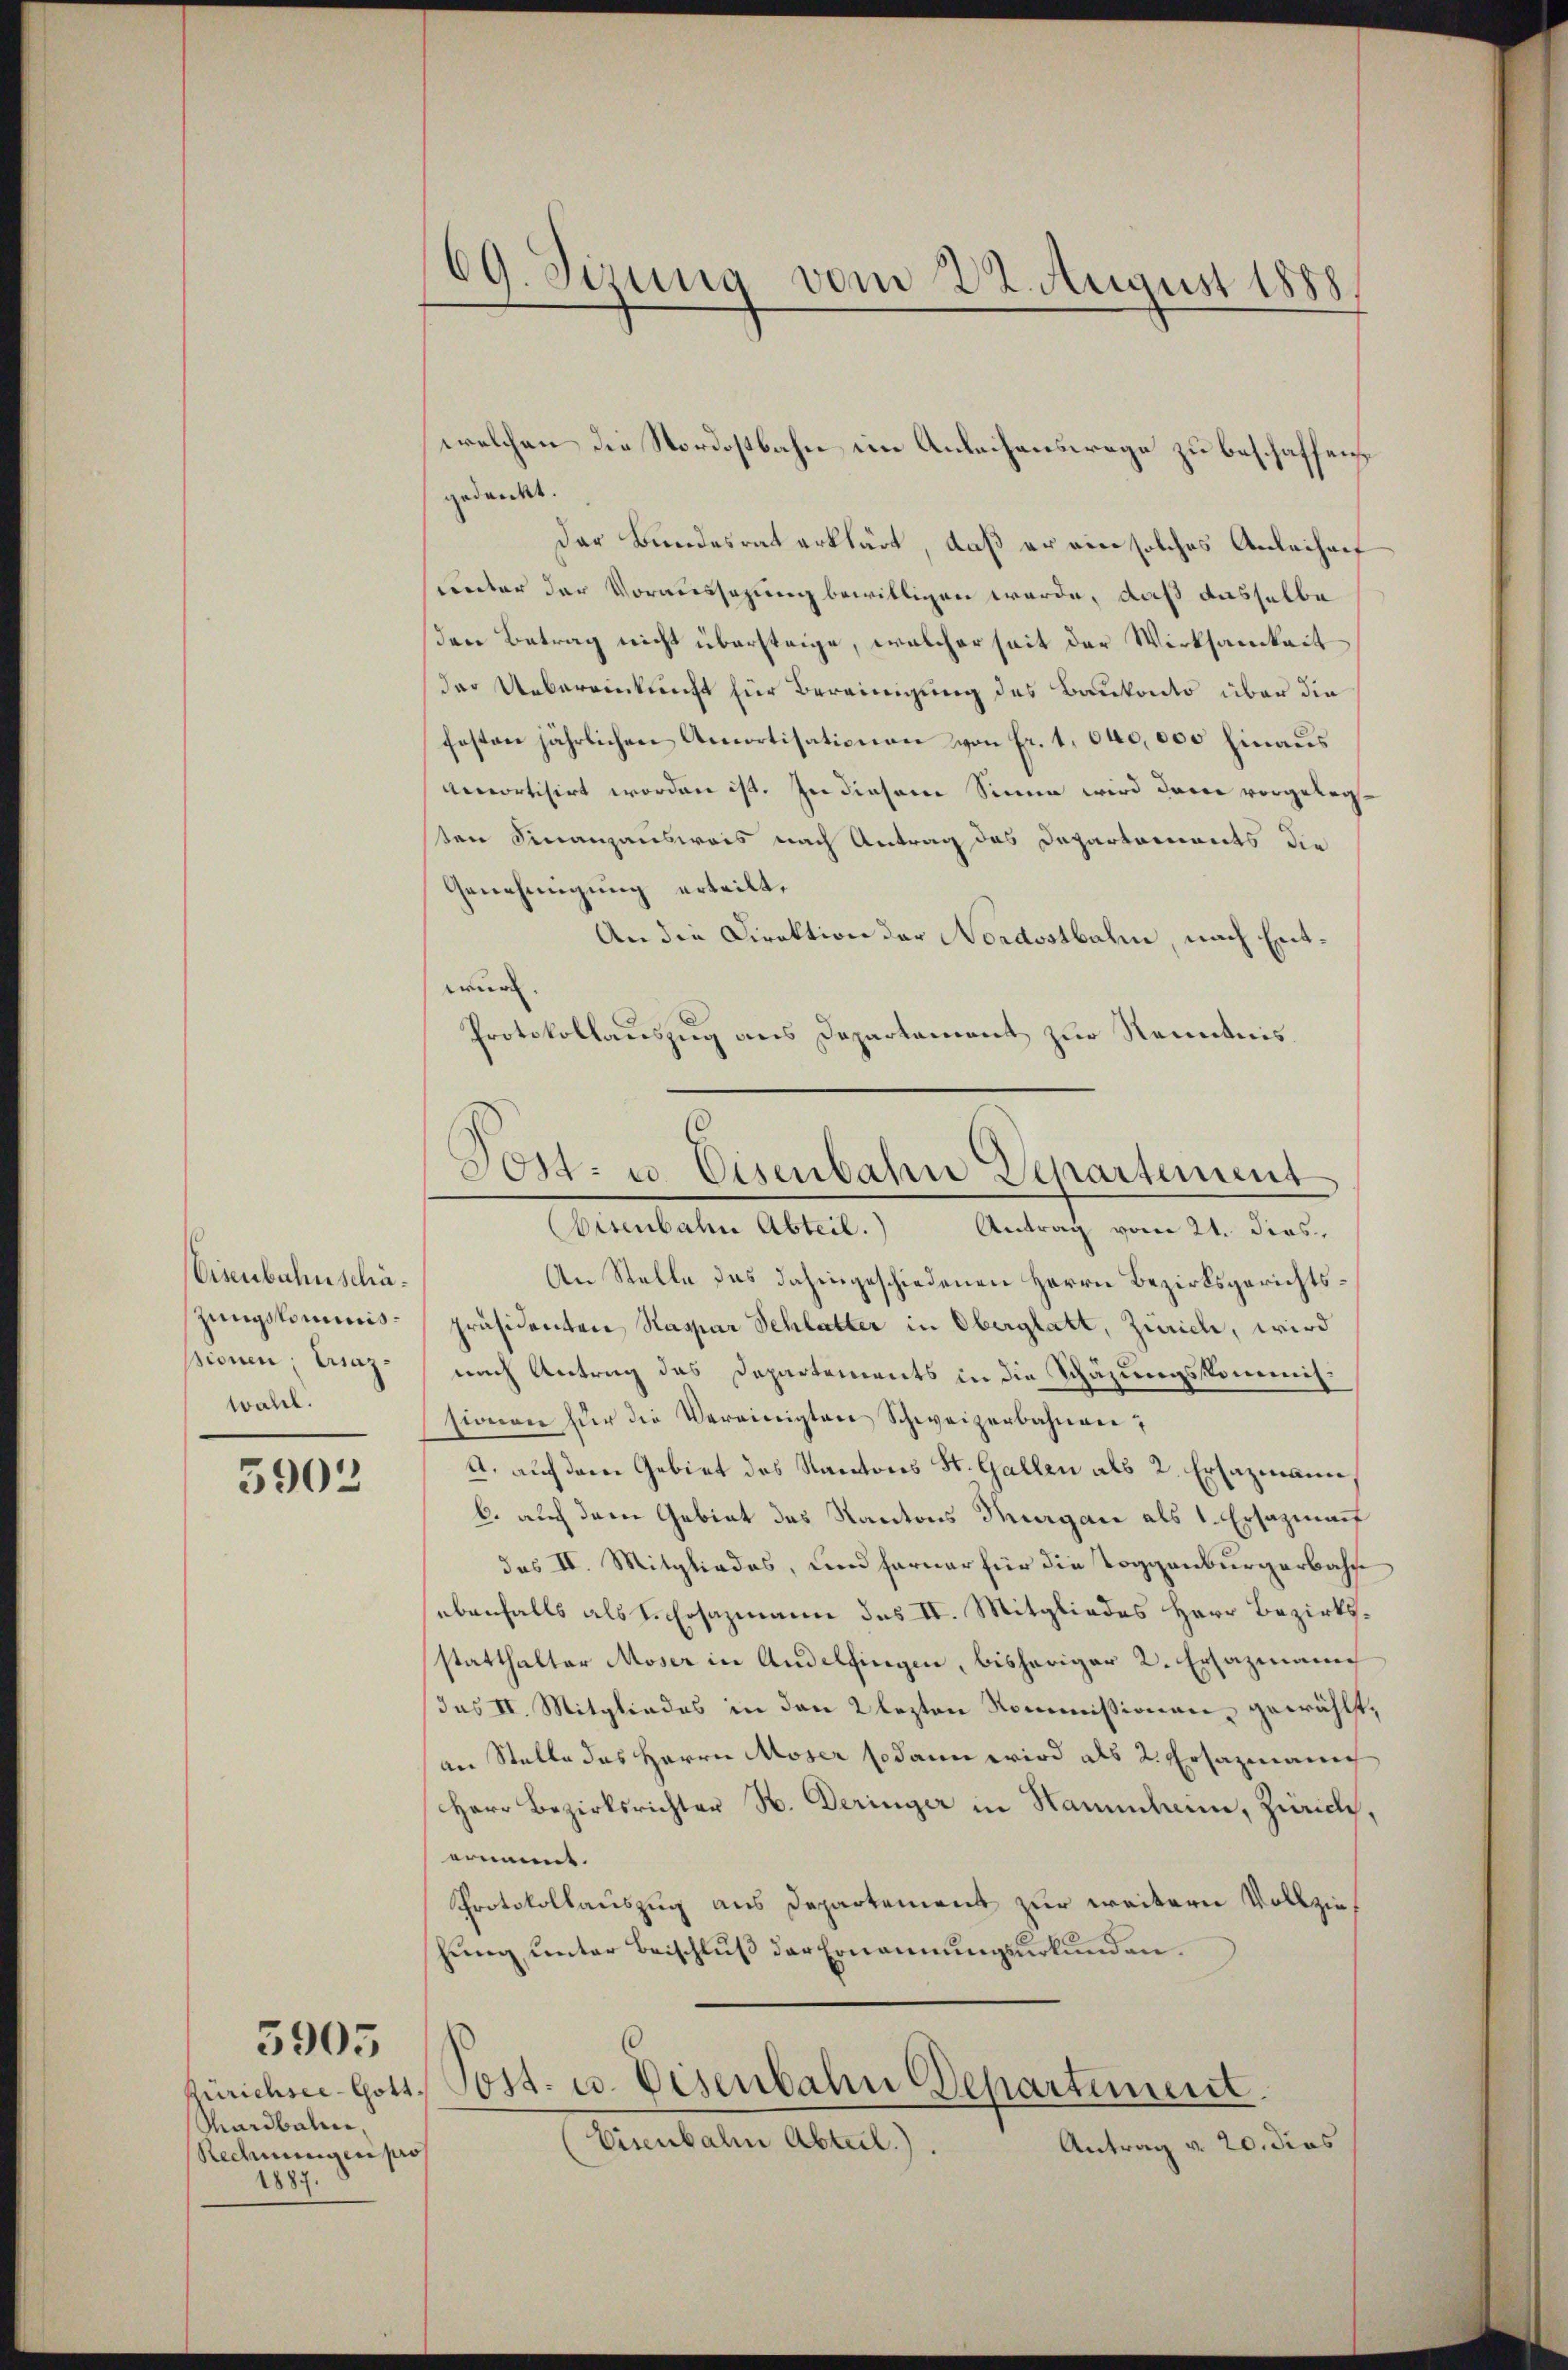
Visenbahn schäzungskommnispionen Eriazwahl.

5902

Mardbahn,
Redingen pro
1887.

5905

welchen die Nordostbahn im Anlachenswege zu beschaffen
gedankt.
Der Bundesrat erklärt, daß er ein solches Anleihenf
unter der Voraussagung bewilligen werde, daß dasselbe
Den Betrag nicht übersteige, welcher seit der Wirksamkeit
der Uebereinkunft zur Bereinigung des Baukonto über die
festen jährlichen Amortisationen von Fr. 1. 640,000 hinaus
Amortisirt worden ist. In diesem Sinne wird dann vorgelegten Finanzausweis nach Antrag des Departariierts die
Genehmigung erteilt,
An die Direktion der Nordostbahne, nach Entwur.
Protokollauszug aus Departement zur Kenntnis.
Eisenbahn Abteil. Antrag vom 21. dies
An Stelle das dahingeschiedenen Herrn Bezirksgerichtspräsidenten Kaspar Schlatter in Oberglatt, Zürich, wird
nach Antrag das Departements in die Schazungskommissionen für die Vereinigten Schweizerbahnen;
A., auch dem Gebiet des Kantons St. Gallen als 2. Ersazmann
b. auch dem Gebiet des Kantons Thurgau als 1. Ersazmaf
das II. Mitgliedes, und ferner für die Toggenburgerbahse
ebenfalls als 1. Ersazmann des II. Mitgliedes Herr Bezirksstatthalter Moser in Andelfingen, bisheriger 2. Ersazmann
(das II. Mitgliedes in den 2 lezten Kommissionen gewählt,
an Stelle das Herrn Moser sodann wird als 2. Ersazmann
Herr Bezirksrichter H. Deringer in Sammlini, Zürich,
ernannt.
Protokollauszug aus Departement zur weitern Vollziehung unter Beischluß der Ernennungsurkunden.
Zürichsee-Gott. Post- u. Eisenbahn Departement.
Eisenbahn Abteil.).
Antrag v. 20. dies

69. Sizung vom 22. August 1888

Post- u. Eisenbahn Departement